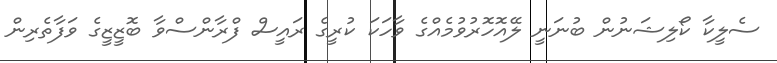
ސެލީކާ ކޯލިޝަނުން ބުނަނީ ލޭއޮހޮރުވުމެއްގެ ވާހަކަ ކުރީގެ ރައީސް ފްރާންސްވާ ބޮޒީޒީގެ ވަފާތެރިން